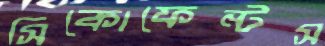
সিকোফেন্টস